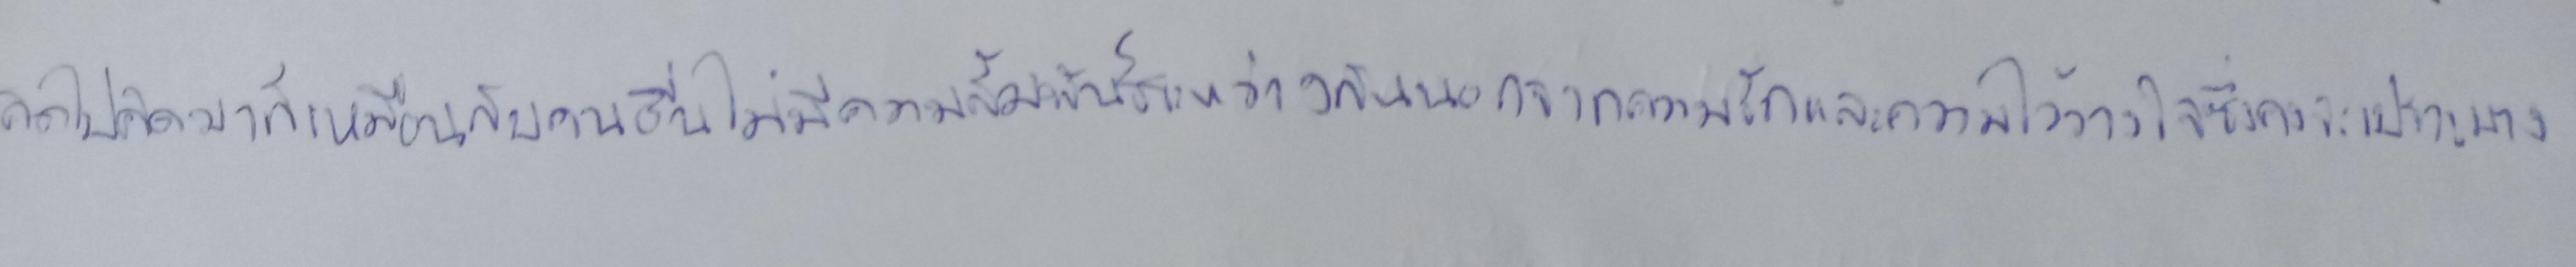
คิดไปคิดมาก็เหมือนกับคนอื่นไม่มีความสัมพันธ์ระหว่างกันนอกจากความรักและความไว้วางใจซึ่งคงจะเปราะบาง